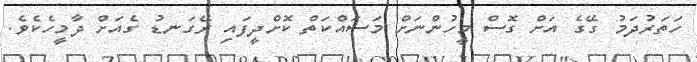
ހަތަރުދަމު ގޭގެ އަށް ގޮސް މީހުންނަށް މަސައްކަތް ކޮށްދީފައި ރޭގަނޑު ގެއަށް ދާމީހެކެވެ.